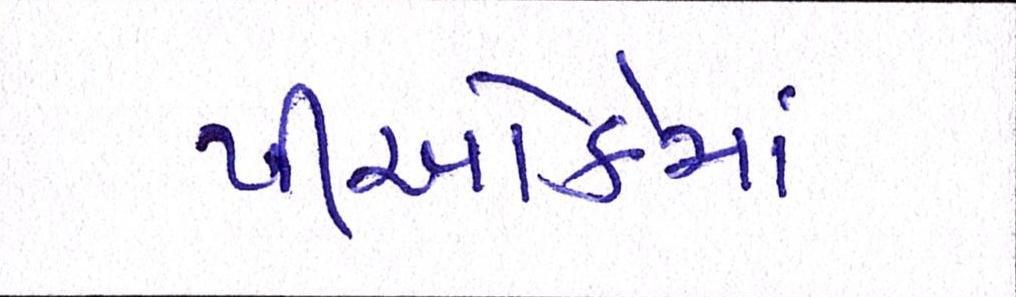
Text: પીઓકેમાં